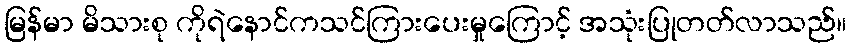
မြန်မာ မိသားစု ကိုရဲနောင်ကသင်ကြားပေးမှုကြောင့် အသုံးပြုတတ်လာသည်။